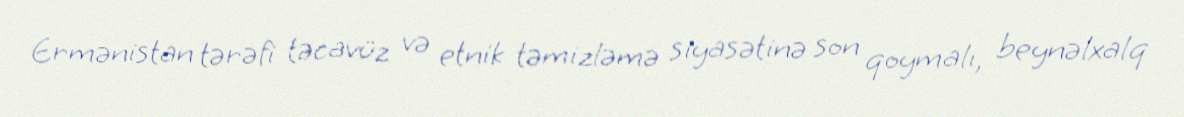
Ermənistan tərəfi təcavüz və etnik təmizləmə siyasətinə son qoymalı, beynəlxalq